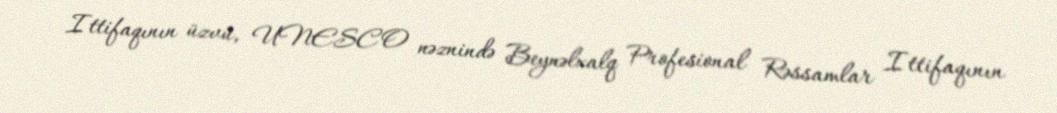
Ittifaqının üzvü, UNESCO nəznində Beynəlxalq Profesional Rəssamlar Ittifaqının